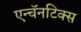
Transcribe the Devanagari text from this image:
एन्चॅनटिक्स